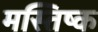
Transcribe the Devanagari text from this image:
मस्‍तिष्‍क